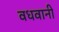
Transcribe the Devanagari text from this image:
वधवानी